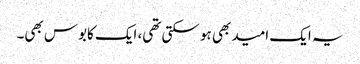
یہ ایک امید بھی ہو سکتی تھی، ایک کابوس بھی۔